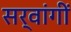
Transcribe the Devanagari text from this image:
सर्वांगीं